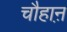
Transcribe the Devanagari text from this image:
चौहाऩ़